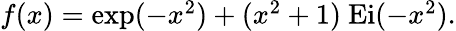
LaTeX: \begin{array}{r}{f(x)=\exp(-x^{2})+(x^{2}+1)~\mathrm{Ei}(-x^{2}).}\end{array}